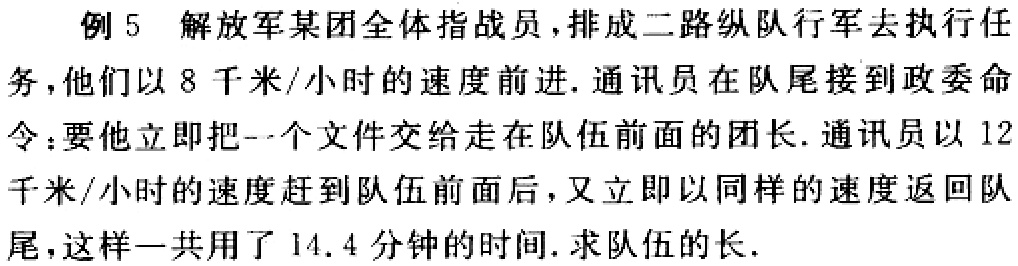
例 5 解放军某团全体指战员，排成二路纵队行军去执行任务，他们以 8 千米/小时的速度前进. 通讯员在队尾接到政委命令：要他立即把一个文件交给走在队伍前面的团长. 通讯员以 12 千米/小时的速度赶到队伍前面后，又立即以同样的速度返回队尾，这样一共用了 14.4 分钟的时间. 求队伍的长.